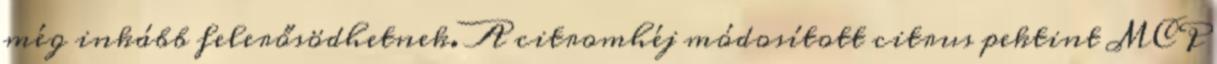
még inkább felerősödhetnek. A citromhéj módosított citrus pektint MCP